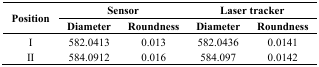
| <ROWSPAN=3> Position | <COLSPAN=2> Sensor | <COLSPAN=2> Laser tracker |
 | Diameter | Roundness | Diameter | Roundness |
 | --- | --- | --- | --- | --- |
 | I | 582.0413 | 0.013 | 582.0436 | 0.0141 |
 | II | 584.0912 | 0.016 | 584.097 | 0.0142 |